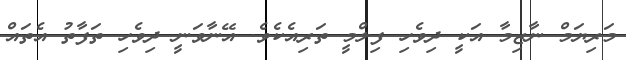
މަރިޔަމް ނާޒިމާ އަކީ ދިވެހި ފިލްމީ ތަރިއެކެވެ. އޭނާވަނީ ދިވެހި ތަފާތު އެތައް